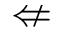
\nLeftarrow